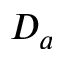
D _ { a }